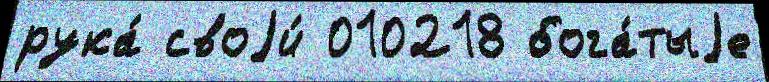
рука́ своjи́ 010218 бога́тыjе